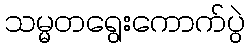
သမ္မတရွေးကောက်ပွဲ